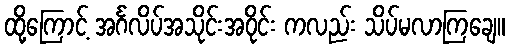
ထို့ကြောင့် အင်္ဂလိပ်အသိုင်းအဝိုင်း ကလည်း သိပ်မလာကြချေ။